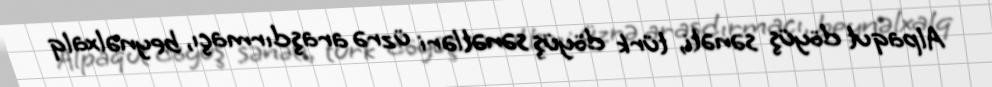
Alpaqut döyüş sənəti, türk döyüş sənətləri üzrə araşdırmaçı, beynəlxalq